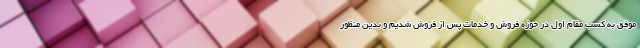
موفق به کسب مقام اول در حوزه فروش و خدمات پس از فروش شدیم و بدین منظور